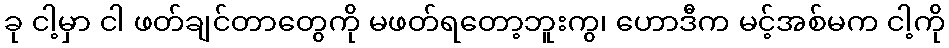
ခု ငါ့မှာ ငါ ဖတ်ချင်တာတွေကို မဖတ်ရတော့ဘူးကွ၊ ဟောဒီက မင့်အစ်မက ငါ့ကို